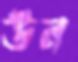
উন